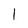
Character: 1